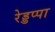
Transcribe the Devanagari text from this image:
रेड्डप्पा